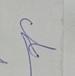
Signature authenticity: genuine